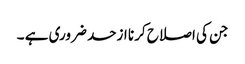
جن کی اصلاح کرنا ازحد ضروری ہے ۔